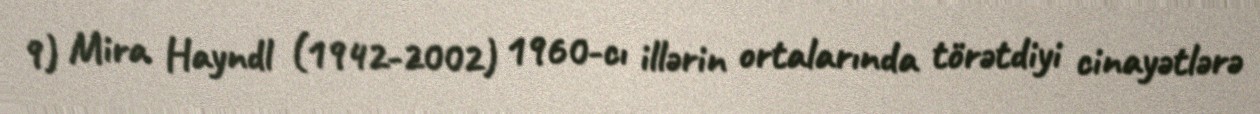
9) Mira Hayndl (1942-2002) 1960-cı illərin ortalarında törətdiyi cinayətlərə